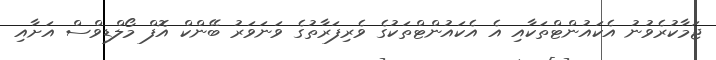
ޖަމާކުރެވުނު އެކައުންޓްތަކާއި އެ އެކައުންޓްތަކުގެ ވެރިފަރާތުގެ ވަނަވަރު ބޭންކް އޮފް މޯލްޑިވްސް އަށާއި